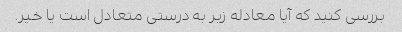
بررسی کنید که آیا معادله زیر به درستی متعادل است یا خیر.